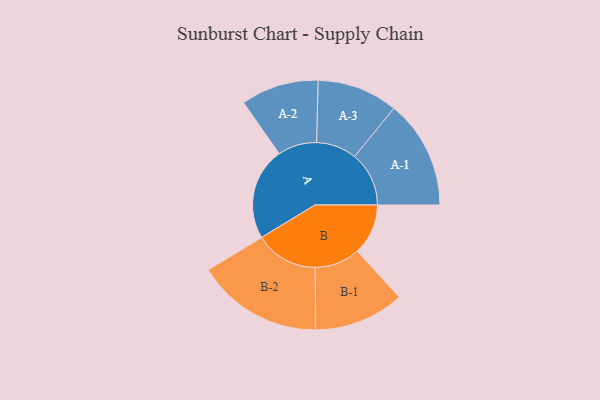
{"axis": {"x": "Segment", "y": "Value"}, "legend": ["", "A", "B"], "data": [{"x": "A", "y": 425, "type": ""}, {"x": "B", "y": 234, "type": ""}, {"x": "A-1", "y": 250, "type": "A"}, {"x": "A-2", "y": 179, "type": "A"}, {"x": "A-3", "y": 186, "type": "A"}, {"x": "B-1", "y": 208, "type": "B"}, {"x": "B-2", "y": 290, "type": "B"}]}